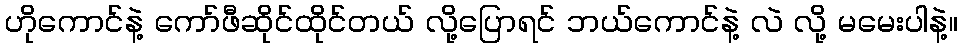
ဟိုကောင်နဲ့ ကော်ဖီဆိုင်ထိုင်တယ် လို့ပြောရင် ဘယ်ကောင်နဲ့ လဲ လို့ မမေးပါနဲ့။